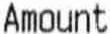
AMOUNT